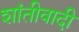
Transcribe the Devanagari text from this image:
शांतीवादी